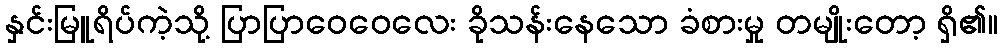
နှင်းမြူရိပ်ကဲ့သို့ ပြာပြာဝေဝေလေး ခိုသန်းနေသော ခံစားမှု တမျိုးတော့ ရှိ၏။